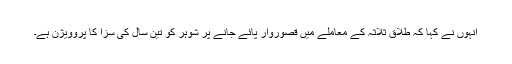
انہوں نے کہا کہ طلاق ثلاثہ کے معاملے میں قصوروار پائے جانے پر شوہر کو تین سال کی سزا کا پروویژن ہے۔